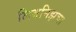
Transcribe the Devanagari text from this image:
लिबनिझचा